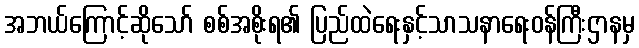
အဘယ်ကြောင့်ဆိုသော် စစ်အစိုးရ၏ ပြည်ထဲရေးနှင့်သာသနာရေးဝန်ကြီးဌာနမှ